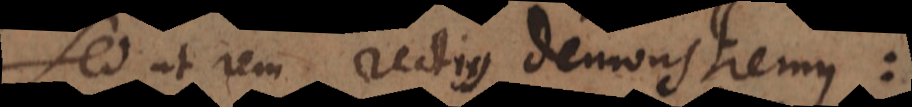
Sed ut rem rectius demonstremus: